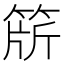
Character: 𬕕